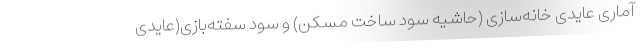
آماری عایدی خانه‌سازی (حاشیه سود ساخت مسکن) و سود سفته‌بازی(عایدی